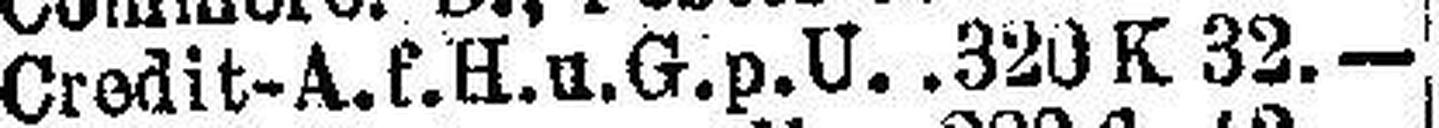
Credit-A. f. H. u. G. p. U. 320 K 32.—